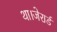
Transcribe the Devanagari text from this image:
था।जेरार्ड